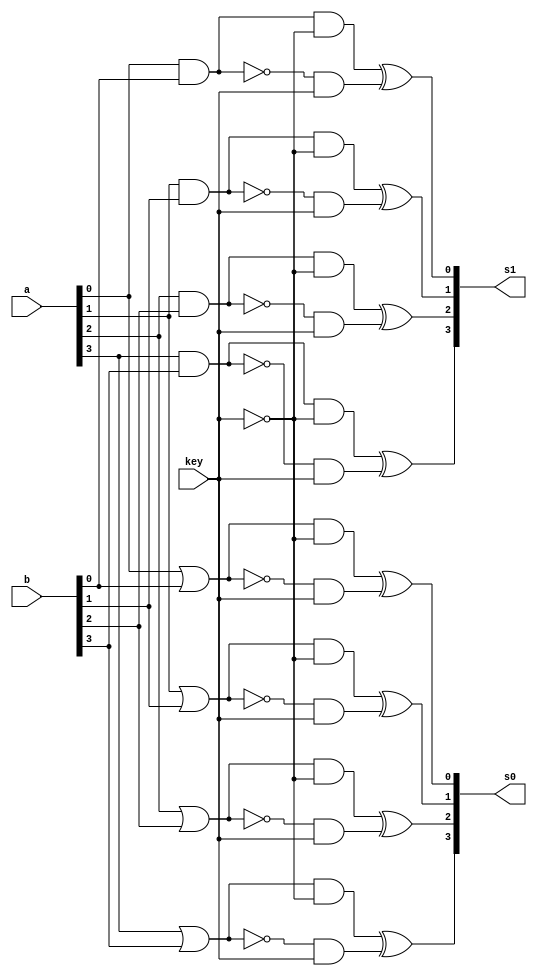
// Exemplo0023 - F4
// Nome: Tiago Moreira

// -- f4_gate

module f4_gate(output [3:0]s0, output [3:0]s1,
					input [3:0]a, input [3:0]b, input key);

//saidas intermediarias
wire s2;
wire [3:0]s3;
wire [3:0]s4;
wire [3:0]s5;
wire [3:0]s6;
wire [3:0]s7;
wire [3:0]s8;
wire [3:0]s9;
wire [3:0]s10;

//bit a bit
//porta or/and
	or o1(s3[0],a[0],b[0]);
	or o2(s3[1],a[1],b[1]);
	or o3(s3[2],a[2],b[2]);
	or o4(s3[3],a[3],b[3]);

	and a1(s4[0],a[0],b[0]);
	and a2(s4[1],a[1],b[1]);
	and a3(s4[2],a[2],b[2]);
	and a4(s4[3],a[3],b[3]);
	
//porta nor/nand
	nor no1(s5[0],a[0],b[0]);
	nor no2(s5[1],a[1],b[1]);
	nor no3(s5[2],a[2],b[2]);
	nor no4(s5[3],a[3],b[3]);

	nand na1(s6[0],a[0],b[0]);
	nand na2(s6[1],a[1],b[1]);
	nand na3(s6[2],a[2],b[2]);
	nand na4(s6[3],a[3],b[3]);

//not da chave
	not n1 (s2,key);

//portas and para controlar o grupo OR/AND
	and a5(s7[0],s3[0],s2);
	and a6(s7[1],s3[1],s2);
	and a7(s7[2],s3[2],s2);
	and a8(s7[3],s3[3],s2);
	
	and a9(s8[0],s4[0],s2);
	and a10(s8[1],s4[1],s2);
	and a11(s8[2],s4[2],s2);
	and a12(s8[3],s4[3],s2);

//portas and para controlar o grupo NOR/NAND	
	and a13(s9[0],s5[0],key);
	and a14(s9[1],s5[1],key);
	and a15(s9[2],s5[2],key);
	and a16(s9[3],s5[3],key);

	and a17(s10[0],s6[0],key);
	and a18(s10[1],s6[1],key);
	and a19(s10[2],s6[2],key);
	and a20(s10[3],s6[3],key);	

//portas xor para selecionar as saidas dos controladores and dos grupos
	xor x0(s0[0],s7[0],s9[0]);
	xor x1(s0[1],s7[1],s9[1]);
	xor x2(s0[2],s7[2],s9[2]);
	xor x3(s0[3],s7[3],s9[3]);

	xor x4(s1[0],s8[0],s10[0]);
	xor x5(s1[1],s8[1],s10[1]);
	xor x6(s1[2],s8[2],s10[2]);
	xor x7(s1[3],s8[3],s10[3]);
		
endmodule //f4

module testf4;

// ---- dados locais

reg [3:0]a;
reg [3:0]b;
reg key;
wire [3:0]s0;
wire [3:0]s1;

	f4_gate AUX(s0,s1,a,b,key);	

initial
	begin
	a = 4'b0000;	b = 4'b0000;	key = 1'b0;
	end
// ---- parte principal

initial
	begin
	
	//execucao unitaria
	$display ("Exemplo0023 - Tiago Moreira - 438948");
	$display ("Test LU's module\n");

	$display ("Chave = 0-OR/AND; 1-NOR/NAND");
	
	#1		$display ("Chave = %b\n%b | %b = %b\t%b & %b = %b",key,a,b,s0,a,b,s1);
	#1		a = 4'b0011;	b = 4'b0101;
	#1		$display ("%b | %b = %b\t%b & %b = %b",a,b,s0,a,b,s1);
	#1		a = 4'b1111;	b = 4'b1111;
	#1		$display ("%b | %b = %b\t%b & %b = %b",a,b,s0,a,b,s1);
	#1		a = 4'b1111;	b = 4'b0000;
	#1		$display ("%b | %b = %b\t%b & %b = %b",a,b,s0,a,b,s1);
	#1		a = 4'b0110;	b = 4'b1010;
	#1		$display ("%b | %b = %b\t%b & %b = %b",a,b,s0,a,b,s1);
	
	#1		a = 4'b0000;	b = 4'b0000;	key = 1'b1;
	#1		$display ("Chave = %b\n~(%b | %b) = %b\t~(%b & %b) = %b",key,a,b,s0,a,b,s1);
	#1		a = 4'b0011;	b = 4'b0101;
	#1		$display ("~(%b | %b) = %b\t~(%b & %b) = %b",a,b,s0,a,b,s1);
	#1		a = 4'b1111;	b = 4'b1111;
	#1		$display ("~(%b | %b) = %b\t~(%b & %b) = %b",a,b,s0,a,b,s1);
	#1		a = 4'b1111;	b = 4'b0000;
	#1		$display ("~(%b | %b) = %b\t~(%b & %b) = %b",a,b,s0,a,b,s1);
	#1		a = 4'b0110;	b = 4'b1010;
	#1		$display ("~(%b | %b) = %b\t~(%b & %b) = %b",a,b,s0,a,b,s1);
	
	end
endmodule //testf4

// -- Documentacao complementar
 
/*
 		Historico
 Nome						Data				Modificacao
 Exemplo0021			23/08/2011		Esboco Modulo com Descricao de circuito usando portas nativas(AND,OR)
 Exemplo0022			23/08/2011		Esboco Modulo com Descricao de circuito usando portas nativas(AND,OR),selecionavel
 Exemplo0023			23/08/2011		Esboco Modulo com Descricao de circuito usando portas nativas(AND/OR,NAND/NOR),selecionavel
  
			Testes e Resultados

 Exemplo0021
 	Resultados esperados
	a			b			a&b		a|b
	0000		0000		0000		0000	ok
	0011		0101		0001		0111	ok
	1111		1111		1111		1111	ok
	1111		0000		0000		1111	ok
	0110		1010		0010		1110	ok

 Exemplo0022
 	Resultados esperados
chave		a			b			a|b
	0		0000		0000		0000	ok
	0		0011		0101		0111	ok
	0		1111		1111		1111	ok
	0		1111		0000		1111	ok
	0		0110		1010		1110	ok
									a&b
	1		0000		0000		0000	ok
	1		0011		0101		0001	ok
	1		1111		1111		1111	ok
	1		1111		0000		0000	ok
	1		0110		1010		0010	ok

 Exemplo0023
 	Resultados esperados
chave		a			b			a|b		a&b
	0		0000		0000		0000		0000	ok
	0		0011		0101		0111		0001	ok
	0		1111		1111		1111		1111	ok
	0		1111		0000		1111		0000	ok
	0		0110		1010		1110		0010	ok
									~(a|b)	~(a&b)
	1		0000		0000		1111		1111	ok
	1		0011		0101		1000		1110	ok
	1		1111		1111		0000		0000	ok
	1		1111		0000		0000		1111	ok
	1		0110		1010		0001		1101	ok
*/